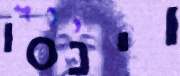
וינסו